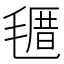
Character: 𣯗